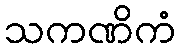
သကဏိကံ